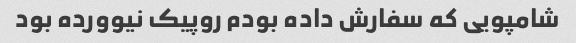
شامپویی که سفارش داده بودم روپیک نیوورده بود